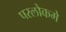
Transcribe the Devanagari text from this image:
परलोकमे